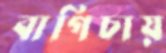
বাগিচায়